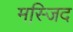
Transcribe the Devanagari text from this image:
मस्जि़द